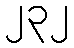
၂၃၂